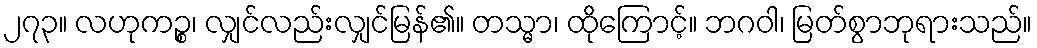
၂၇၃။ လဟုကဉ္စ၊ လျှင်လည်းလျှင်မြန်၏။ တသ္မာ၊ ထိုကြောင့်။ ဘဂဝါ၊ မြတ်စွာဘုရားသည်။